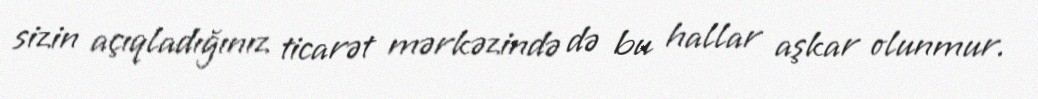
sizin açıqladığınız ticarət mərkəzində də bu hallar aşkar olunmur.